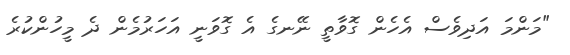
"މަންމަ އަދިވެސް އެހެން ގޮވާތީ ނޭނގެ އެ ގޮވަނީ އަހަރުމެން ދެ މީހުންކުރެ